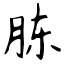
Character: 胨